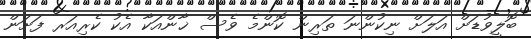
ބޮލީވުޑަށް އަލަށް ނިކުންނަ ތަރިން ކޮންމެ ވެސް ޚާންއަކާ އެކު ކެރިއަރ ފަށަން